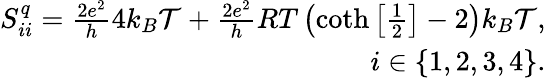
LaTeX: \begin{array}{r}{S_{ii}^{q}=\frac{2e^{2}}{h}4k_{B}\mathcal{T}+\frac{2e^{2}}{h}RT\left(\coth\left[\frac{1}{2}\right]-2\right)k_{B}\mathcal{T},}\\ {i\in\{ 1,2,3,4\} .}\end{array}